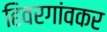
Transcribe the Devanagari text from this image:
हिवरगांवकर